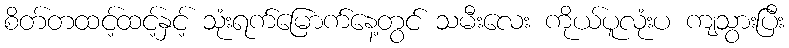
စိတ်တထင့်ထင့်နှင့် သုံးရက်မြောက်နေ့တွင် သမီးလေး ကိုယ်ပူလုံးပ ကျသွားပြီး